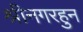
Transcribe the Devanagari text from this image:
श्रीनगरहुन